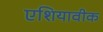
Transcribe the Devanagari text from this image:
एशियावीक